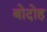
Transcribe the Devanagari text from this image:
बोदोह